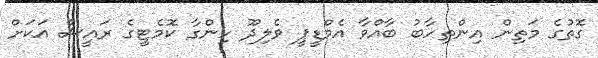
ގޮތުގެ މަތިން އިންތިހާބު ބާއްވާ އެމްޑީޕީ ވެލިދޫ ހިންގާ ކޮމެޓީގެ ރައީސް އަކަށް